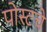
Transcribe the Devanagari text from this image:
पोस्टचे